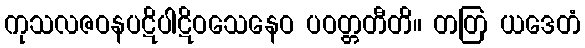
ကုသလဇဝနပဋိပါဋိဝသေနေဝ ပဝတ္တတီတိ။ တတြ ယဒေတံ